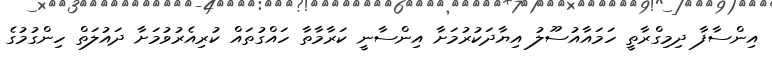
އިންސާފާ ދިމިގްރާތީ ހަމައާއުސޫލު އިޔާދަކުރުމަށާ އިންސާނީ ކަރާމާތާ ހައްގުތައް ކުރިއެރުވުމަށާ ދައުލަތް ހިންގުމުގެ